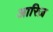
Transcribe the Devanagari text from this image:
आरिज़